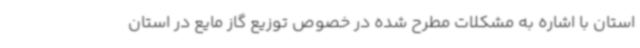
استان با اشاره به مشکلات مطرح شده در خصوص توزیع گاز مایع در استان